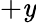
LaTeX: +\mathit{y}